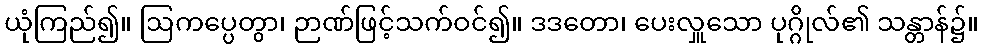
ယုံကြည်၍။ ဩကပ္ပေတွာ၊ ဉာဏ်ဖြင့်သက်ဝင်၍။ ဒဒတော၊ ပေးလှူသော ပုဂ္ဂိုလ်၏ သန္တာန်၌။